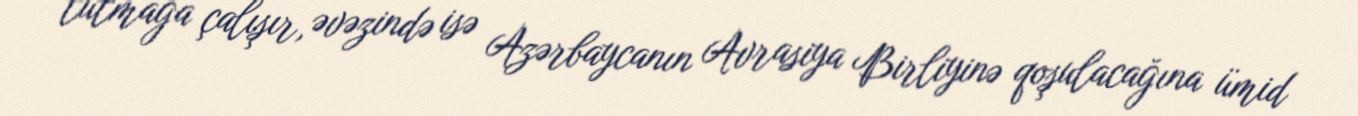
tutmağa çalışır, əvəzində isə Azərbaycanın Avrasiya Birliyinə qoşulacağına ümid